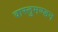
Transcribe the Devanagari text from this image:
वास्तुमण्डन